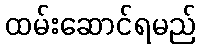
ထမ်းဆောင်ရမည်